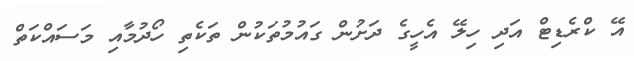
އޭ ކްރެޑިޓް އަދި ހިލޭ އެހީގެ ދަށުން ގައުމުތަކުން ތަކެތި ހޯދުމާއި މަސައްކަތް